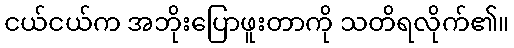
ငယ်ငယ်က အဘိုးပြောဖူးတာကို သတိရလိုက်၏။